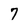
Character: 7